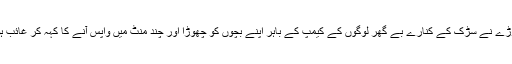
اس جوڑے نے سڑک کے کنارے بے گھر لوگوں کے کیمپ کے باہر اپنے بچوں کو چھوڑا اور چند منٹ میں واپس آنے کا کہہ کر غائب ہوگئے۔